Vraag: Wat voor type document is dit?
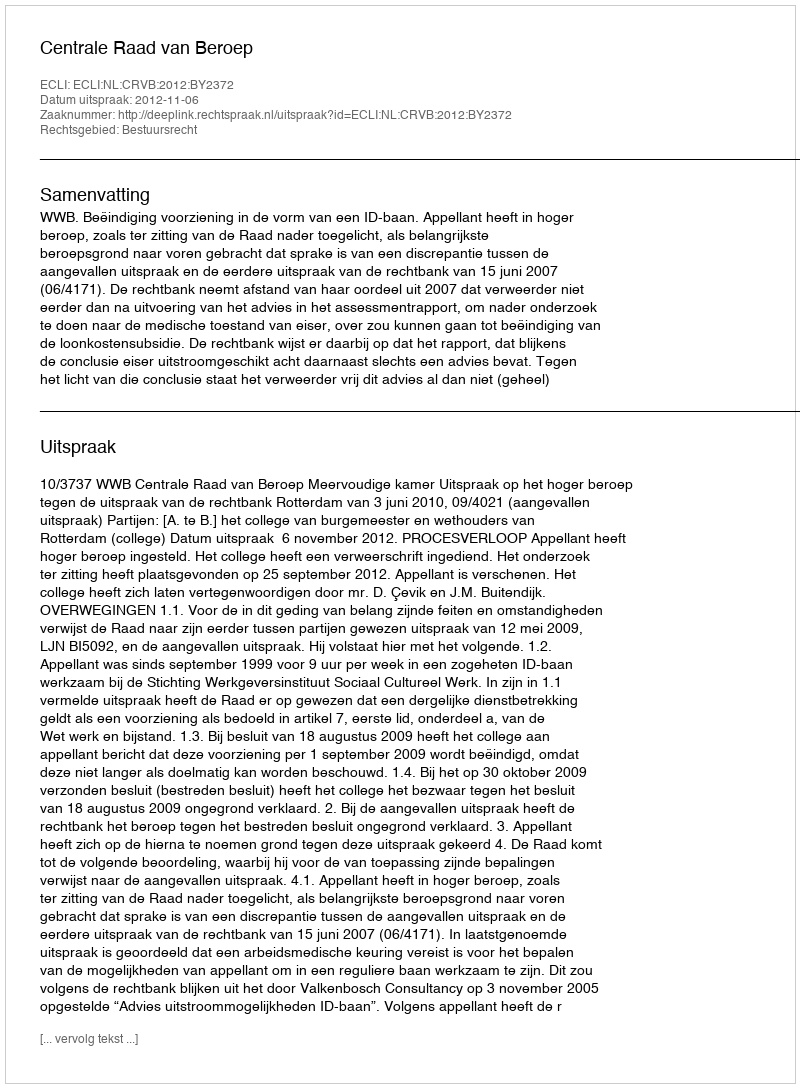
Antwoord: Uitspraak